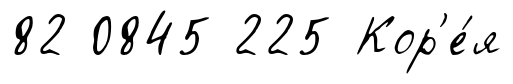
82 0845 225 Кор'е́я